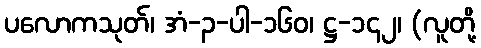
ပလောကသုတ်၊ အံ-၃-ပါ-၁၆၀၊ ဋ္ဌ-၁၄၂၊ (လူတို့